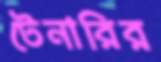
টেনারির